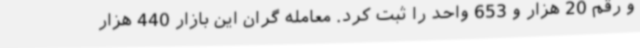
و رقم 20 هزار و 653 واحد را ثبت کرد. معامله گران این بازار 440 هزار